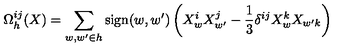
\Omega _ { h } ^ { i j } ( X ) = \sum _ { w , { w ^ { \prime } } \in h } \mathrm { s i g n } ( w , { w ^ { \prime } } ) \left( X _ { w } ^ { i } X _ { w ^ { \prime } } ^ { j } - { \frac { 1 } { 3 } } \delta ^ { i j } X _ { w } ^ { k } X _ { w ^ { \prime } k } \right)